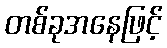
တစ်ခုအနေဖြင့်